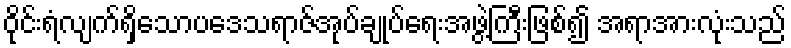
ဝိုင်းရံလျက်ရှိသောပဒေသရာဇ်အုပ်ချုပ်ရေးအဖွဲ့ကြီးဖြစ်၍ အရာအားလုံးသည်